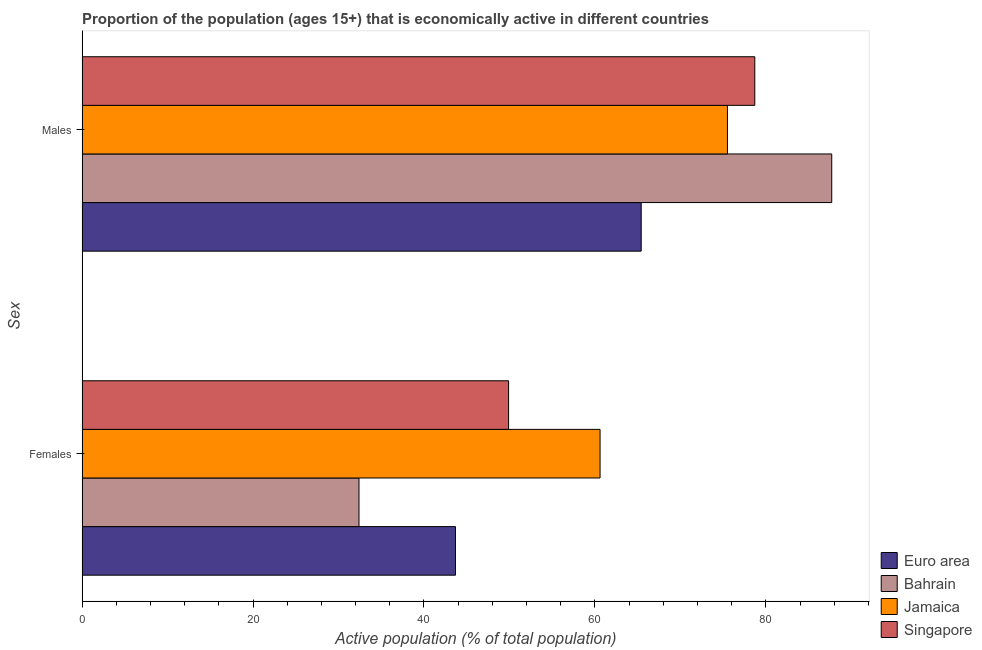
| Sex | Euro area | Bahrain | Jamaica | Singapore |
 | --- | --- | --- | --- | --- |
 | Females | 43.7 | 32.4 | 60.6 | 49.9 |
 | Males | 65.4 | 87.7 | 75.5 | 78.7 |